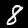
Digit: 8